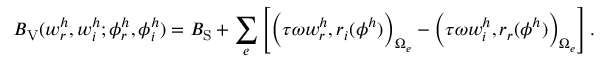
B _ { \mathrm { V } } ( w _ { r } ^ { h } , w _ { i } ^ { h } ; \phi _ { r } ^ { h } , \phi _ { i } ^ { h } ) = B _ { \mathrm { S } } + \sum _ { e } \left[ \Big ( \tau \omega w _ { r } ^ { h } , r _ { i } ( \phi ^ { h } ) \Big ) _ { \Omega _ { e } } - \Big ( \tau \omega w _ { i } ^ { h } , r _ { r } ( \phi ^ { h } ) \Big ) _ { \Omega _ { e } } \right] .